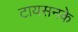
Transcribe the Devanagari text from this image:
टायसनके